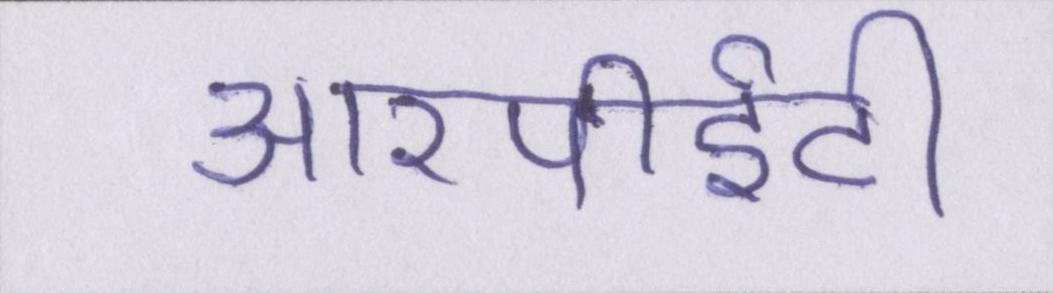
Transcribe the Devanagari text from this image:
आरपीईटी